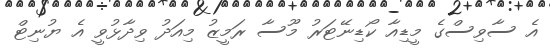
އެ ސާވިސްގެ މީޑިއާ ކޯޑިނޭޓަރު މޫސާ ރަމީޒު މިއަދު ވިދާޅުވީ އެ ޔުނިޓް